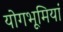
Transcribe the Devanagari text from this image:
योगभूमियां